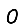
Digit: 0